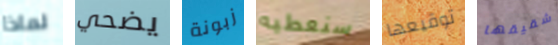
لماذا يضحي زبونة سنعطيه توقيعها شقيقها